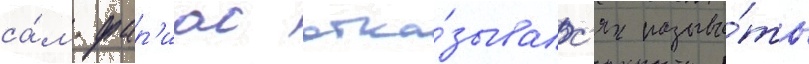
са́м фар'иас отка́зывалс'я называ́ть